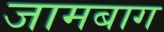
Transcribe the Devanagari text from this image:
जामबाग